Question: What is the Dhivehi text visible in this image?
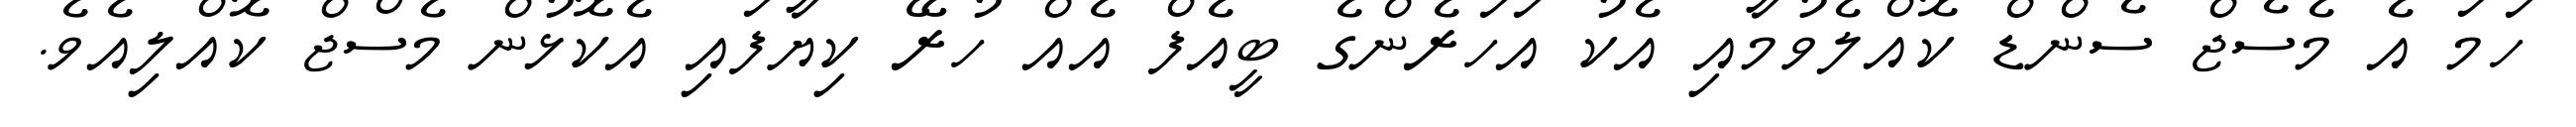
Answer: ހަމަ އެ މެސެޖް ސެންޑް ކޮއްލެވުމާއި އެކު އަހަރެންގެ ބީއެފް އެއް ހުރޭ ކިޔާފައި އެކޮޅުން މެސްޖް ކޮއްލިއެވެ.